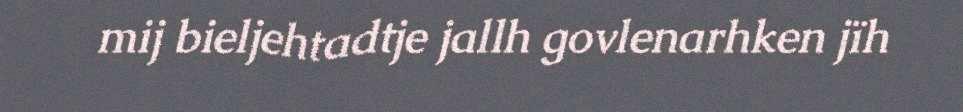
mij bieljehtadtje jallh govlenarhken jïh